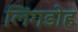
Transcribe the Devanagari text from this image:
लिंगडोह